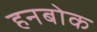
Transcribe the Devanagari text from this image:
हनबोक